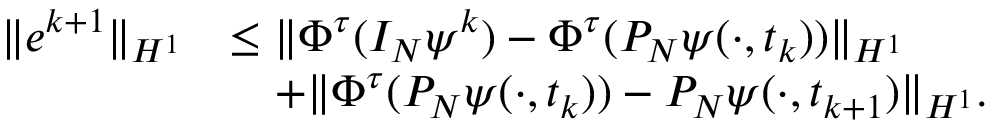
\begin{array} { r l } { \| e ^ { k + 1 } \| _ { H ^ { 1 } } } & { \leq \| \Phi ^ { \tau } ( I _ { N } \psi ^ { k } ) - \Phi ^ { \tau } ( P _ { N } \psi ( \cdot , t _ { k } ) ) \| _ { H ^ { 1 } } } \\ & { \quad + \| \Phi ^ { \tau } ( P _ { N } \psi ( \cdot , t _ { k } ) ) - P _ { N } \psi ( \cdot , t _ { k + 1 } ) \| _ { H ^ { 1 } } . } \end{array}